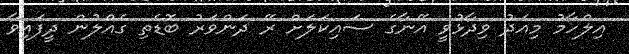
އިލްހާމު މިއަދު ވިދާޅުވީ އޭނާގެ ސައިކަލަށް ރޭ ދަންވަރު ބޮޑެތި ގެއްލުން ދީފައިވާ